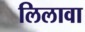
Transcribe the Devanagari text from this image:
लिलावा